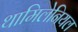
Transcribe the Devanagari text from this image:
थामिलेनियल